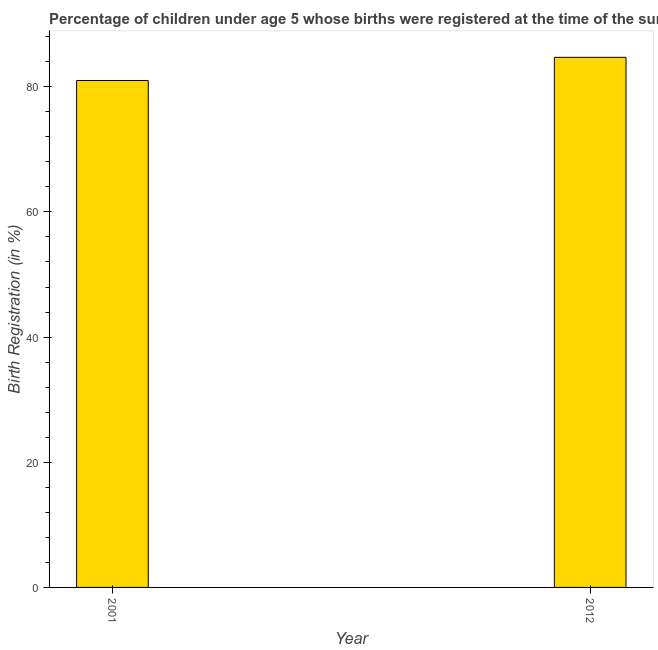
| Year | Birth registration |
 | --- | --- |
 | 2001 | 81 |
 | 2012 | 84.7 |